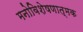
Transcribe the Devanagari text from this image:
मनोविशेषणात्मक